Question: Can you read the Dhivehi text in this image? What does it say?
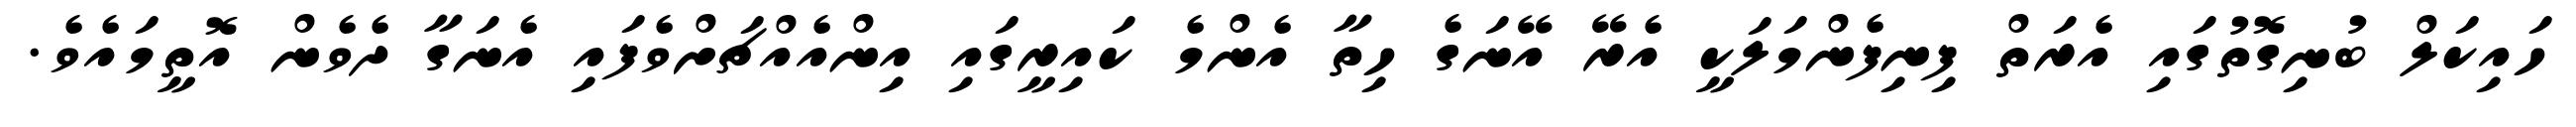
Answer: ހައިކަލް ބުނިގޮތުގައި އެރަތް ފިނިފެންމަލަކީ އެރޭ އޭނަގެ ހިތާ އެންމެ ކައިރީގައި އިންއެއްޗަށްވެފައި އެނަގާ ދެވެން އޮތީމައެވެ.